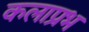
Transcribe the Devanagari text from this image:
कलाप्रभ